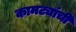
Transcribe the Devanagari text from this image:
कामट्यांची